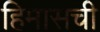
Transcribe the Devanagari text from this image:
हिमासची